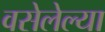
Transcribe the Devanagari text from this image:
वसेलेल्या